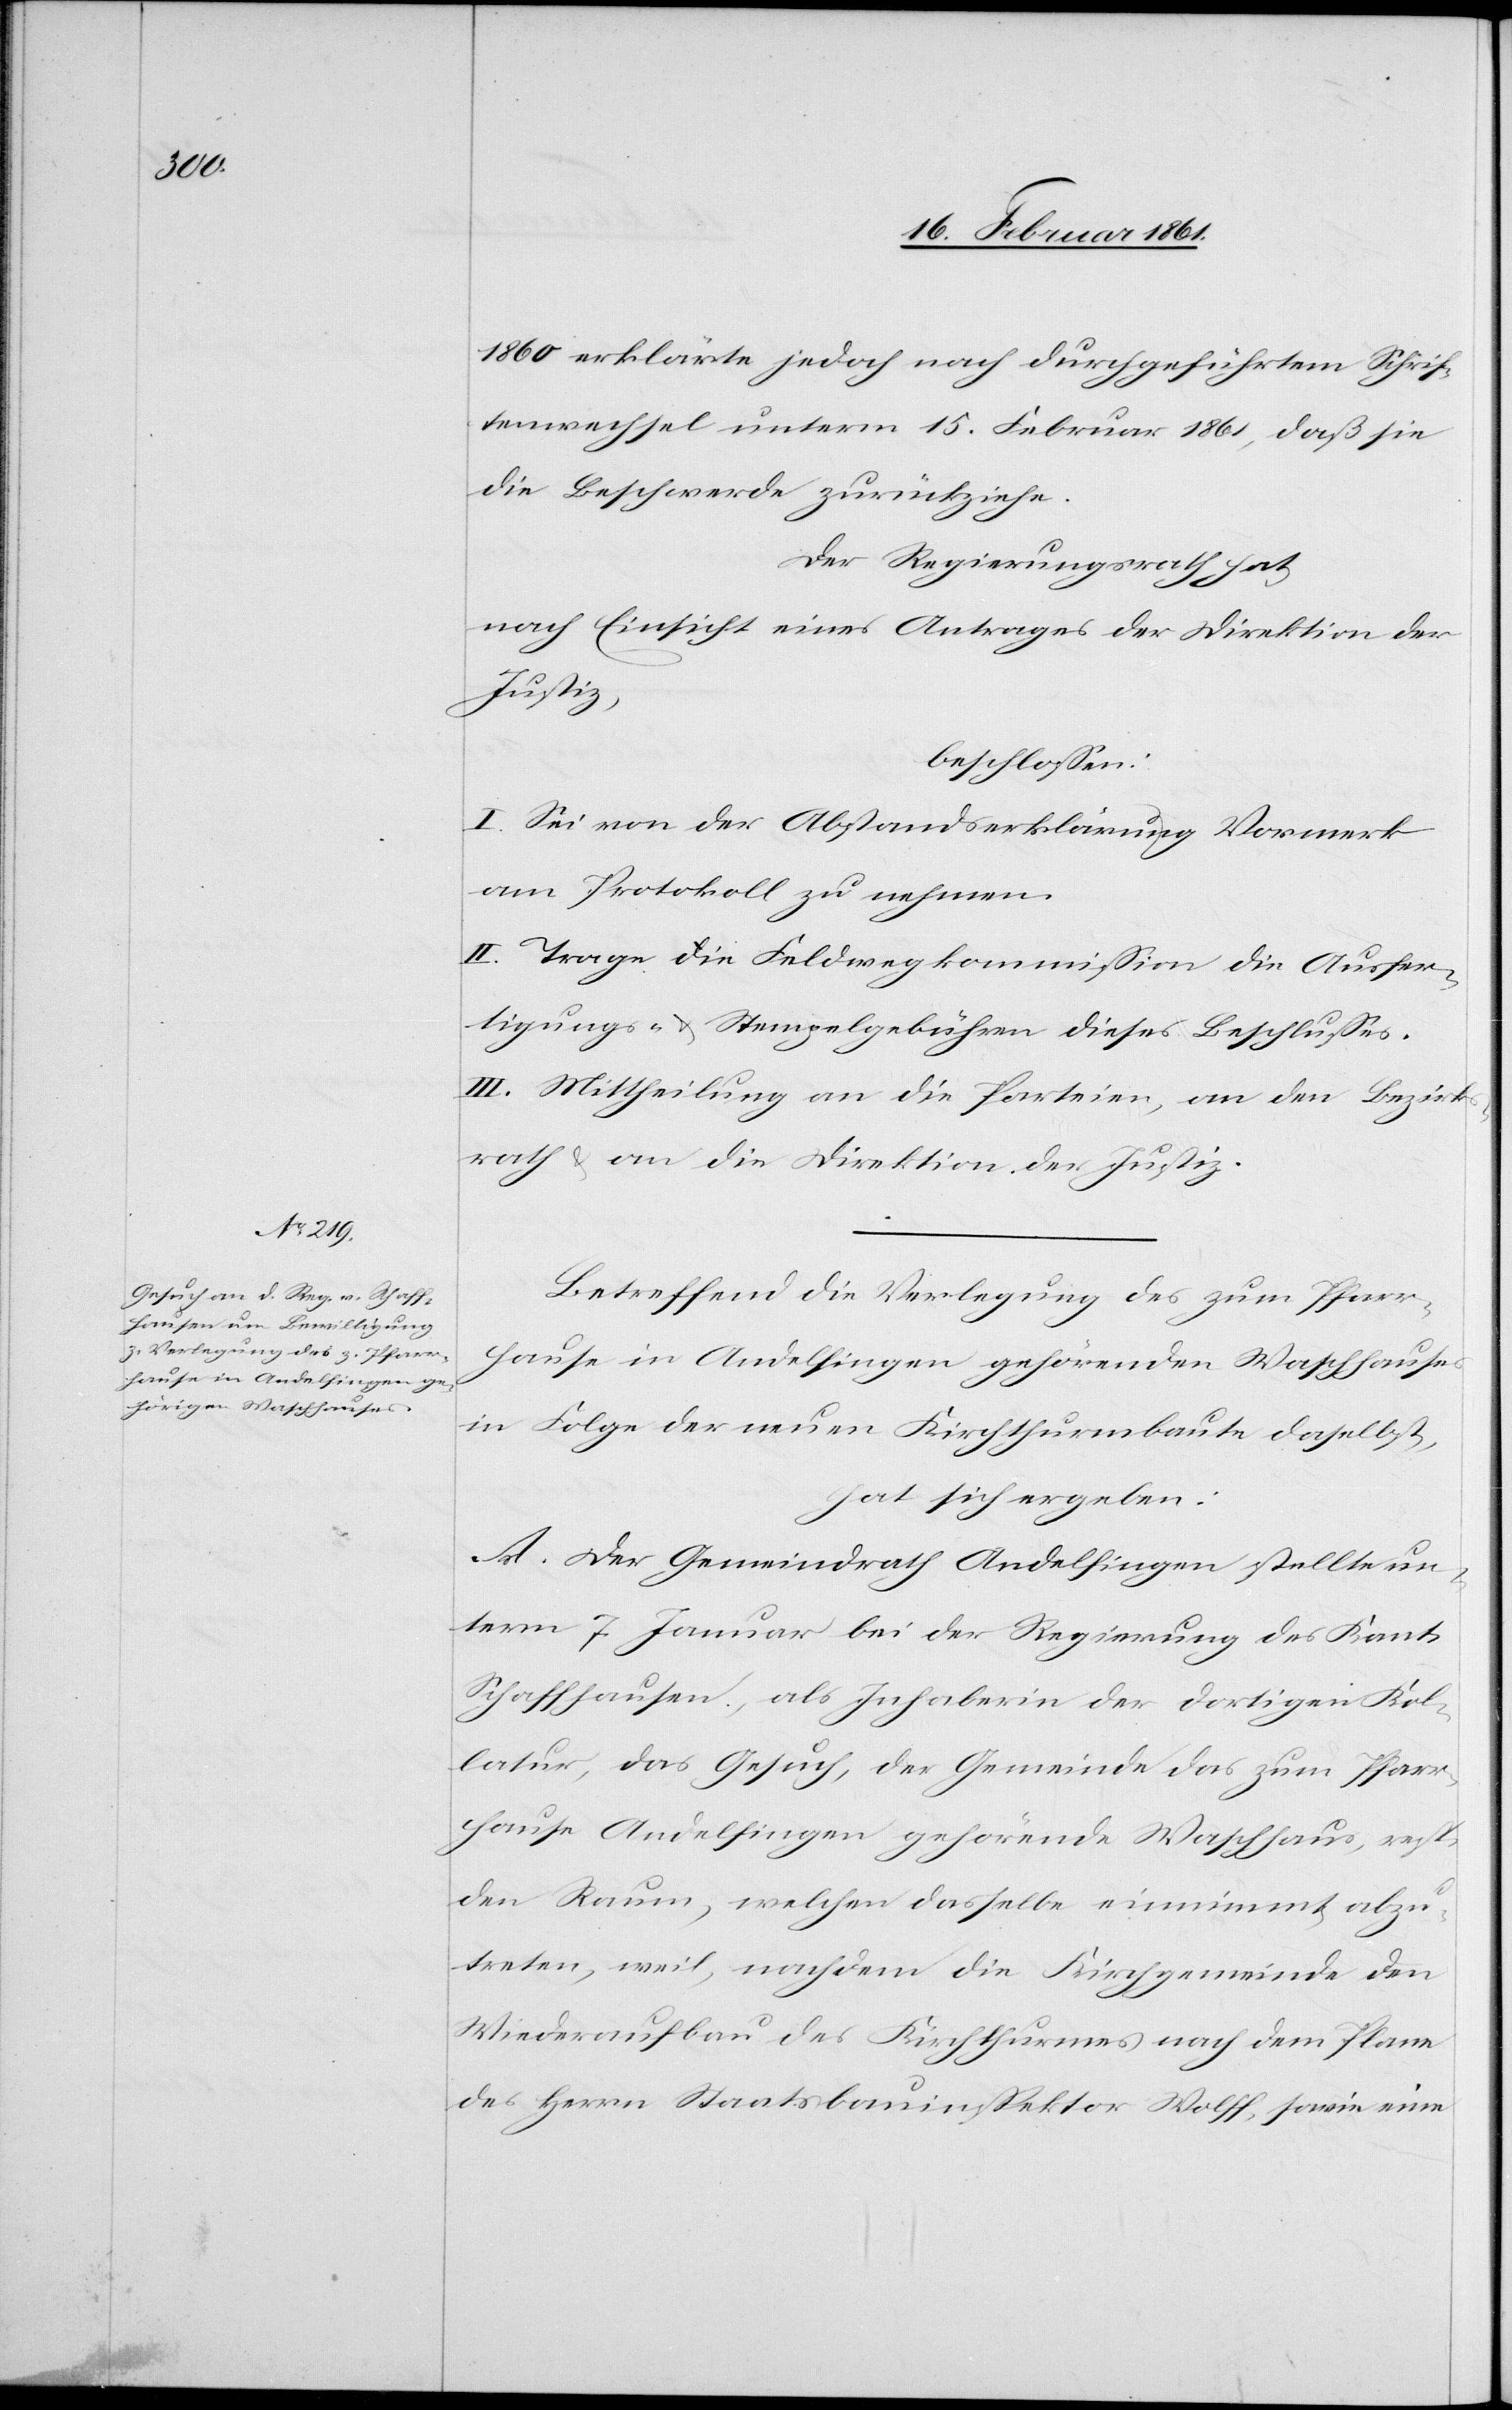
1860 erklärte jedoch nach durchgeführtem Schrif¬
tenwechsel unterm 15. Februar 1861, daß sie
die Beschwerde zurückziehe.
Der Regierungsrath hat
nach Einsicht eines Antrages der Direktion der
Justiz,
beschlossen:
I. Sei von der Abstandserklärung Vormerk
am Protokoll zu nehmen.
II. Trage die Feldwegkommission die Ausfer¬
tigungs- u. Stempelgebühren dieses Beschlusses.
III. Mittheilung an die Parteien, an den Bezirk¬
srath u. an die Direktion der Justiz.
Betreffend die Verlegung des zum Pfarr¬
hause in Andelfingen gehörenden Waschhauses
in Folge der neuen Kirchthurmbaute daselbst,
hat sich ergeben:
A. Der Gemeindrath Andelfingen stellte un¬
term 7. Januar bei der Regierung des Kant.
Schaffhausen, als Inhaberin der dortigen Kol¬
latur, das Gesuch, der Gemeinde das zum Pfarr¬
hause Andelfingen gehörende Waschhaus, resp.
den Raum, welchen dasselbe einnimmt, abzu¬
treten, weil, nachdem die Kirchgemeinde den
Wiederaufbau des Kirchthurmes nach dem Plane
des Herrn Staatsbauinspektor Wolff, sowie eine